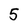
Character: 5